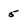
Character: 5